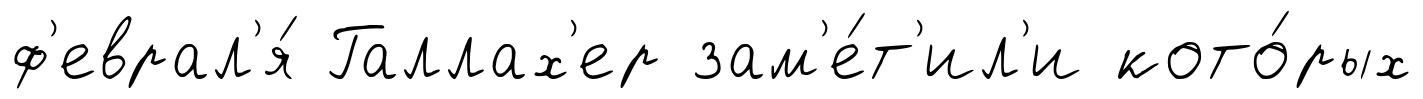
ф'еврал'я́ Галлах'ер зам'е́т'ил'и кото́рых